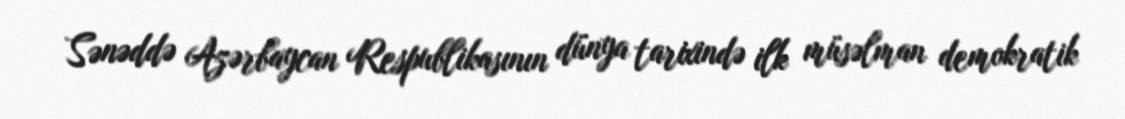
Sənəddə Azərbaycan Respublikasının dünya tarixində ilk müsəlman demokratik